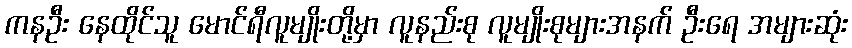
ကနဦး နေထိုင်သူ မောင်ရီလူမျိုးတို့မှာ လူနည်းစု လူမျိုးစုများအနက် ဦးရေ အများဆုံး